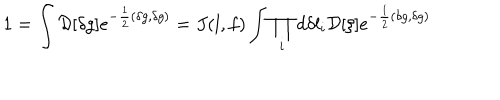
LaTeX: 1 = \int { \cal D } [ \delta g ] e ^ { - { \frac { 1 } { 2 } } ( \delta g , \delta g ) } = J ( l , f ) \int \prod _ { i } d \delta l _ { i } { \cal D } [ \xi ] e ^ { - { \frac { 1 } { 2 } } ( \delta g , \delta g ) }